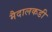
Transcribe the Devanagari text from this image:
मैदालकडी